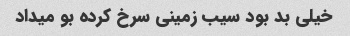
خیلی بد بود سیب زمینی سرخ کرده بو میداد